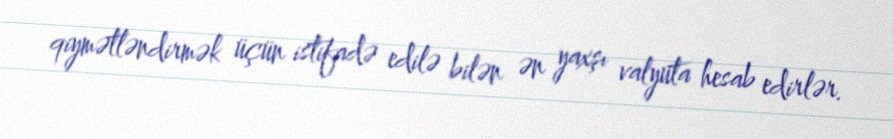
qiymətləndirmək üçün istifadə edilə bilən ən yaxşı valyuta hesab edirlər.